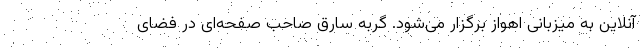
آنلاین به میزبانی اهواز برگزار می‌شود. گربه سارق صاحب صفحه‌ای در فضای